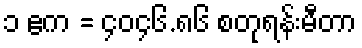
၁ ဧက = ၄၀၄၆.၈၆ စတုရန်းမီတာ